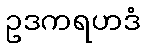
ဥဒကရဟဒံ